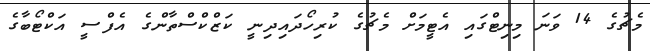
މެޗުގެ 14 ވަނަ މިނިޓްގައި އެޓީމަށް މެޗުގެ ކުރިހޯދައިދިނީ ކަޒްކްސްތާންގެ އެފްސީ އަކްޓޯބާގެ